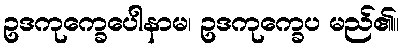
ဥဒကုက္ခေပေါနာမ၊ ဥဒကုက္ခေပ မည်၏။